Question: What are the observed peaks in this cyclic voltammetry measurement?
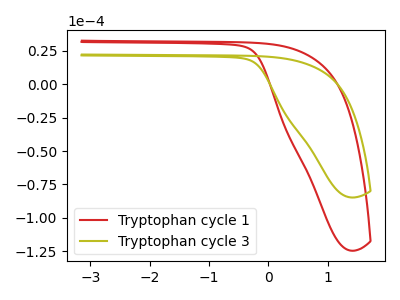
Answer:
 <answer>The red curve "Tryptophan cycle 1" has no peaks. The olive curve "Tryptophan cycle 3" has no peaks.</answer>
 <eval></eval>